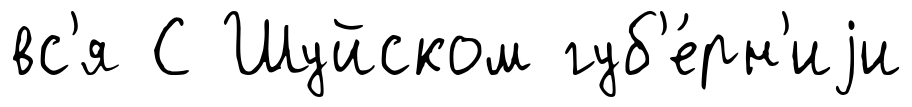
вс'я С Шуйском губ'е́рн'иjи